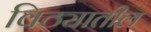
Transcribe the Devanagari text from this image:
विठ्यातील